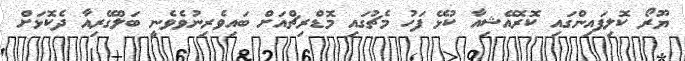
ޔޫރޯ ކޮލިފައިންގައި ކޮރޮއޭޝިއާ ކުޅޭ ފަހު މެޗުގައި މޮޑްރިޗްއަށް ބައިވެރިނުވެވެނީ ބަލްގޭރިއާ ދެކޮޅަށް